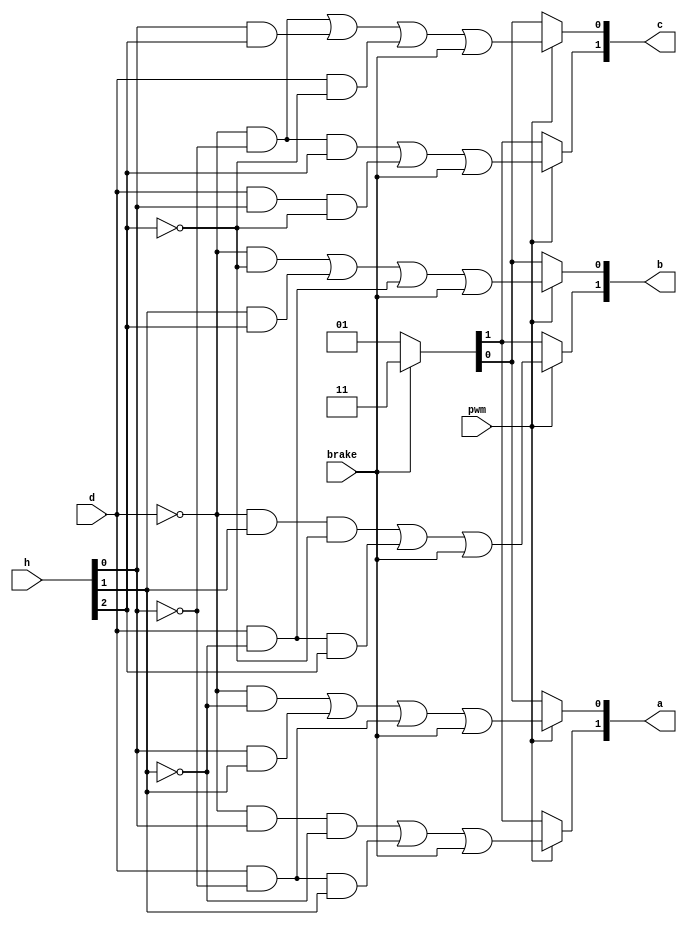
`timescale 1ns / 1ps



module gatedriver(pwm,a,b,c,h,d,brake);


input brake;
input [2:0]h;
input pwm;
input d;
output [1:0]a;
output [1:0]b;
output [1:0]c;

reg [1:0]k;
reg [1:0]l;
reg [1:0]m;

wire e=h[0];
wire f=h[1];
wire g=h[2];

always@(h or pwm) begin

if(pwm) begin


k[0]=(((~d&~f)|(e&f)|(d&~e))|brake);
k[1]=(((~d&e&~f)|(d&~e&f))|brake);
l[0]=(((~d&~g)|(f&g)|(d&~f))|brake);
l[1]=(((~d&f&~g)|(d&~f&g))|brake);
m[0]=(((~d&~e)|(e&g)|(d&~g))|brake);
m[1]=(((~d&~e&g)|(d&e&~g))|brake);

end
else begin
if(brake==1) begin
k=2'b11;
l=2'b11;
m=2'b11;
end
else begin
k=2'b01;
l=2'b01;
m=2'b01;
end
end
end
assign a=k;
assign b=l;
assign c=m;
endmodule